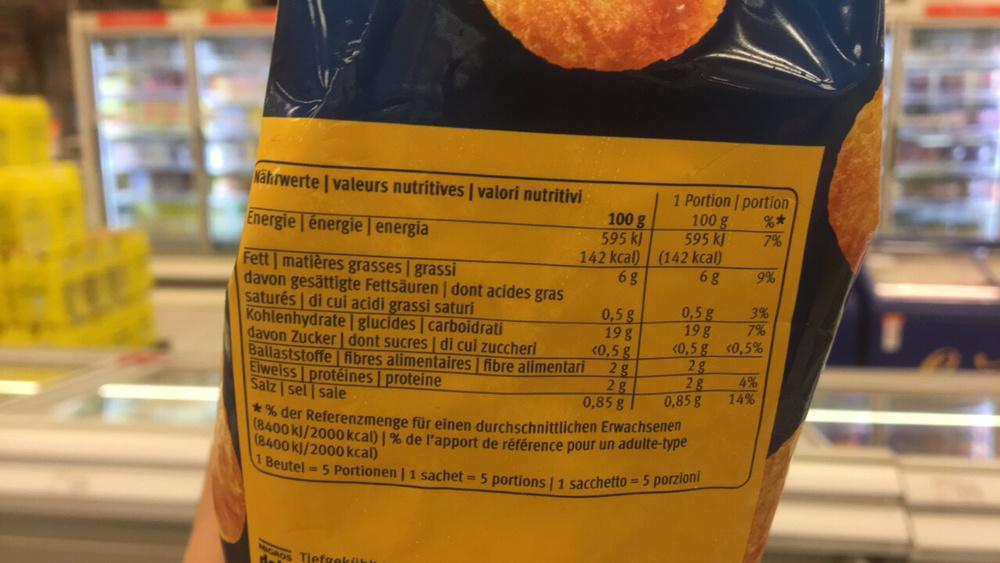
Nährwerte | valeurs nutritives | valori nutritivi
Energie énergie | energia
Fett matières grasses | grassi
davon gesättigte Fettsäuren | dont acides gras saturés | di cui acidi grassi saturi Kohlenhydrate | glucides | carboidrati
davon Zucker| dont sucres | di cui zuccheri Ballaststoffe fibres alimentaires | fibre alimentari Eiweiss protéines | proteine Salz sel sale
GROS
100 g
595 kJ
Tiefgeküku
142 kcal)
6 g
0,5 g
19 g
<0,5 g
2 g
2g
0,85 gl
1 Portion / portion
%*
7%
100 g
595 kj
(142 kcal)
6g
0,5g
19 g
<0,5 g
*% der Referenzmenge für einen durchschnittlichen Erwachsenen (8400 kJ/2000 kcal) | % de l'apport de référence pour un adulte-type (8400 kJ/2000 kcal)
1 Beutel 5 Portionen | 1 sachet 5 portions | 1 sacchetto = 5 porzioni
2g
2g
0,85 g
9%
3%
7%
<0,5%
4%
14%